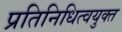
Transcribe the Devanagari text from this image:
प्रतिनिधित्वयुक्त